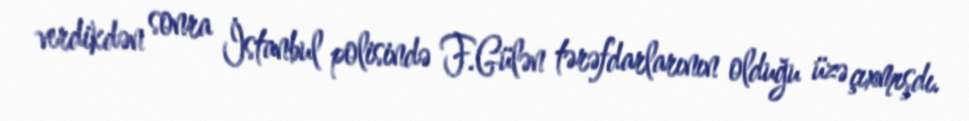
verdikdən sonra İstanbul polisində F.Gülən tərəfdarlarının olduğu üzə çıxmışdı.